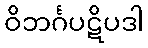
ဝိဘင်္ဂပဋိပဒါ